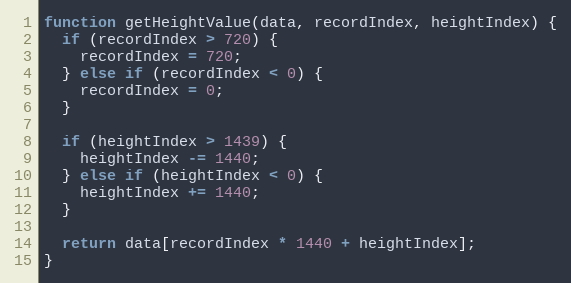
Language: JavaScript
function getHeightValue(data, recordIndex, heightIndex) {
  if (recordIndex > 720) {
    recordIndex = 720;
  } else if (recordIndex < 0) {
    recordIndex = 0;
  }

  if (heightIndex > 1439) {
    heightIndex -= 1440;
  } else if (heightIndex < 0) {
    heightIndex += 1440;
  }

  return data[recordIndex * 1440 + heightIndex];
}